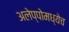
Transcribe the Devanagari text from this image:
अलेप्पोमध्येच